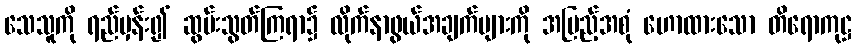
သေသူကို ရည်မှန်း၍ ဆွမ်းသွတ်ကြရာ၌ လိုက်နာဖွယ်အချက်များကို အပြည့်အစုံ ဟောထားသော တိရောကုဋ္ဌ